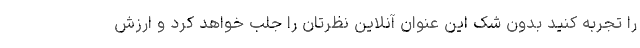
را تجربه کنید بدون شک این عنوان آنلاین نظرتان را جلب خواهد کرد و ارزش